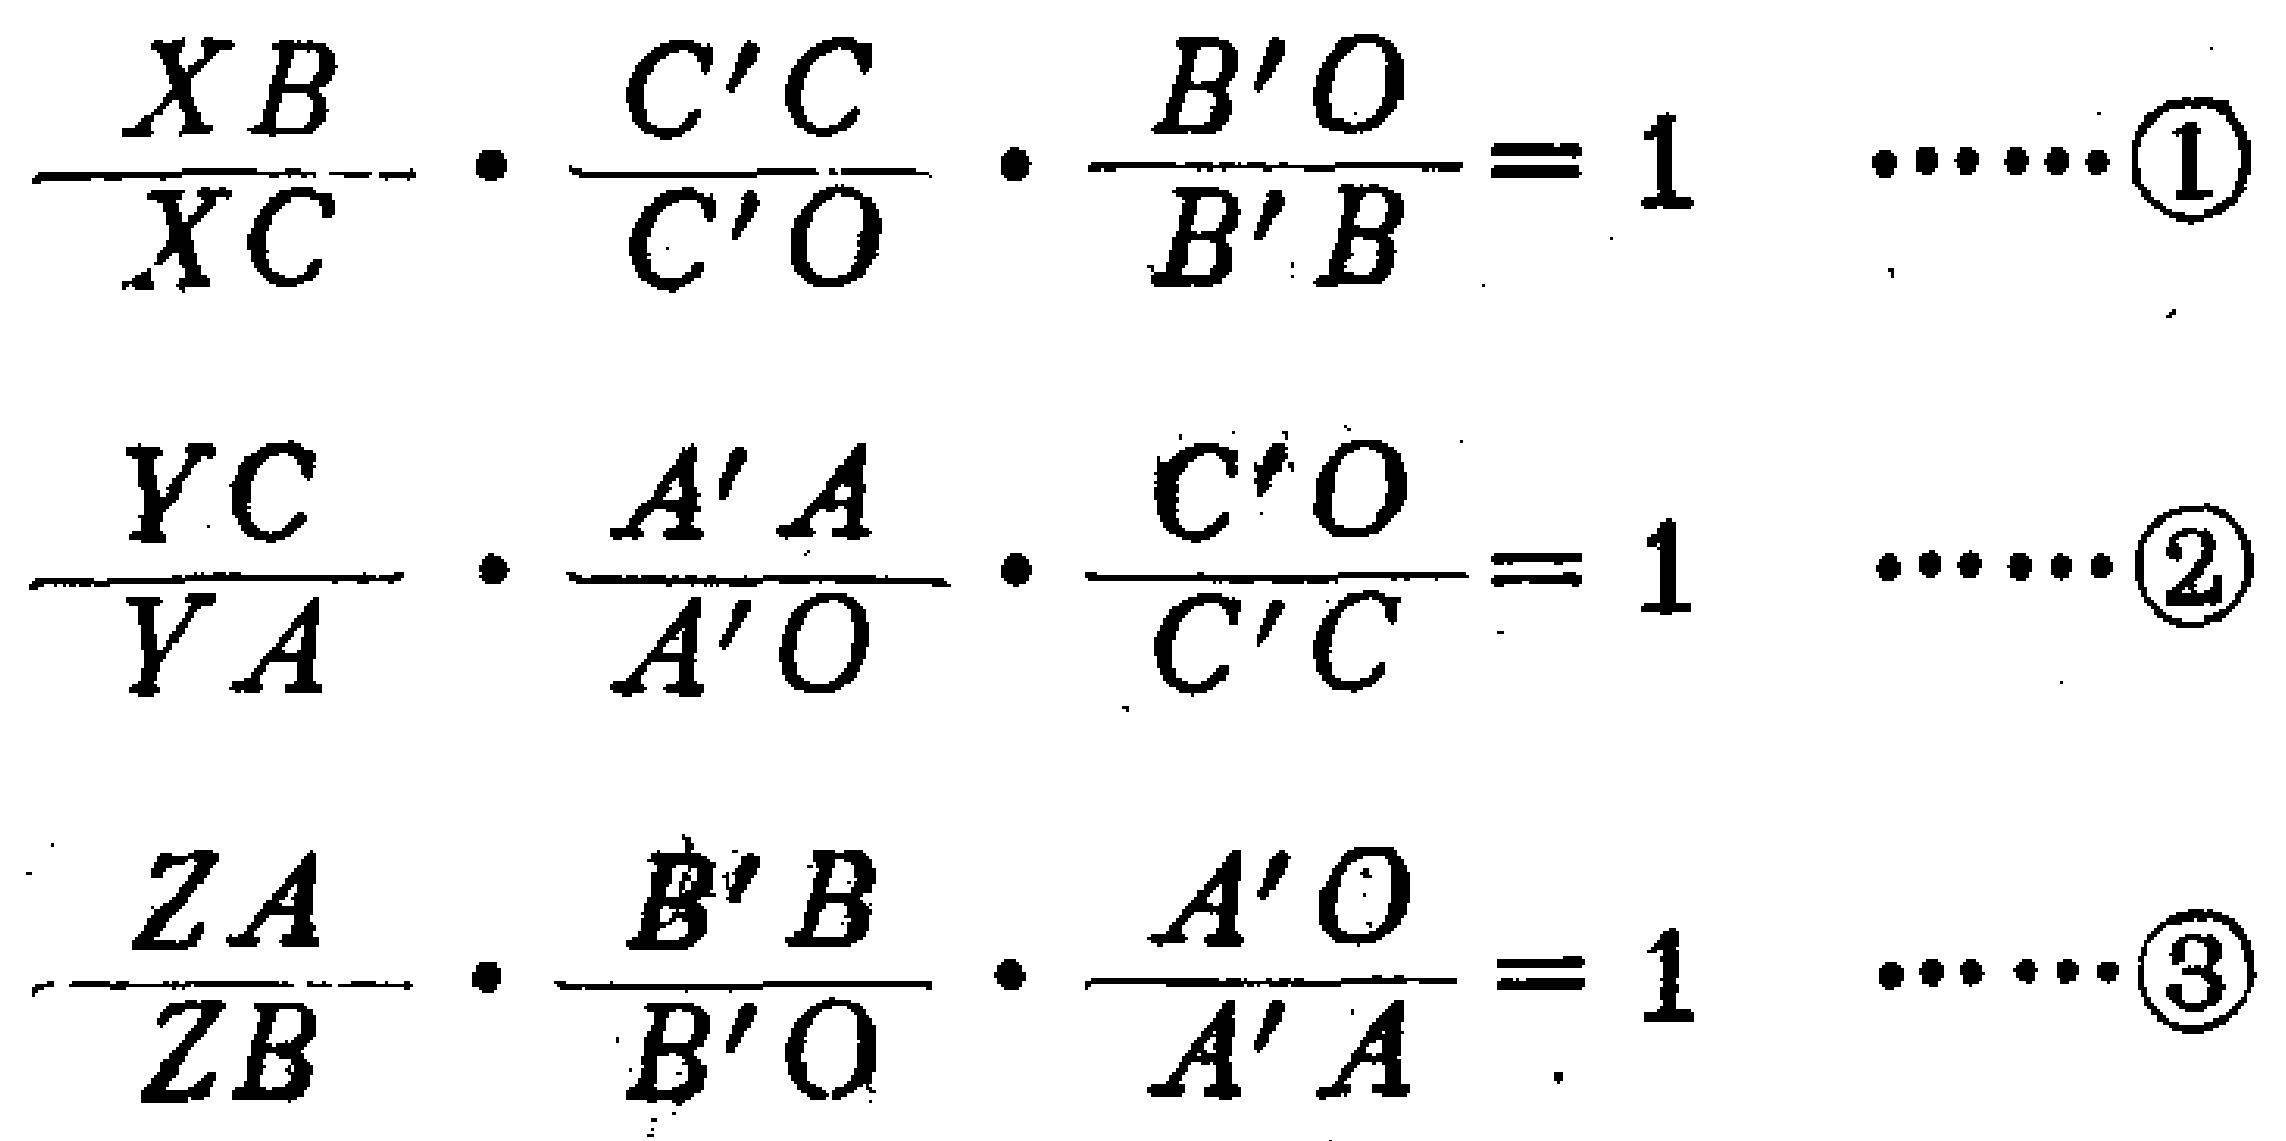
\[
\frac{XB}{XC} \cdot \frac{C'C}{C'O} \cdot \frac{B'O}{B'B} = 1 \quad \cdots\cdots\textcircled{1}
\]
\[
\frac{YC}{YA} \cdot \frac{A'A}{A'O} \cdot \frac{C'O}{C'C} = 1 \quad \cdots\cdots\textcircled{2}
\]
\[
\frac{ZA}{ZB} \cdot \frac{B'B}{B'O} \cdot \frac{A'O}{A'A} = 1 \quad \cdots\cdots\textcircled{3}
\]